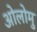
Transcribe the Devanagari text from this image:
ओलोमु